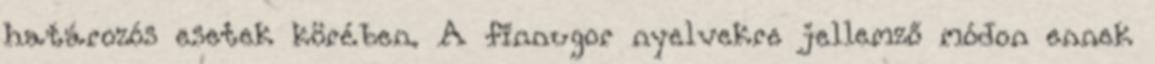
határozós esetek körében. A finnugor nyelvekre jellemző módon ennek